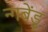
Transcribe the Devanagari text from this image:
न्गबेंडु